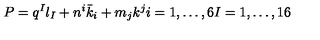
P = q ^ { I } l _ { I } + n ^ { i } { \bar { k } } _ { i } + m _ { j } k ^ { j } i = 1 , \dots , 6 I = 1 , \dots , 1 6